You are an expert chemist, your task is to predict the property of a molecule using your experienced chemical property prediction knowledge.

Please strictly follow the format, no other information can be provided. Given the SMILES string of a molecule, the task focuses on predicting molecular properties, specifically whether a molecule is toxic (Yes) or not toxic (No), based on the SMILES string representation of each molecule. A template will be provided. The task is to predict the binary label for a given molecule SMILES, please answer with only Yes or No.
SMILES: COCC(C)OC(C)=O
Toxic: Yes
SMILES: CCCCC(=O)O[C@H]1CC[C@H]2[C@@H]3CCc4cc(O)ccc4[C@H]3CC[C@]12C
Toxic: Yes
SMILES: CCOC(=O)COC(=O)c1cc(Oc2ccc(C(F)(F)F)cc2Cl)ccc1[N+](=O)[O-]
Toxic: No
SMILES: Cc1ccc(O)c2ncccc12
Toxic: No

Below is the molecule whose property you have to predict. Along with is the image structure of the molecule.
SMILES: C=C1CC[C@H](O)C/C1=C/C=C1\CCC[C@@]2(C)[C@H]1CC[C@@H]2[C@H](C)CC[C@@H](O)C(C)(C)O
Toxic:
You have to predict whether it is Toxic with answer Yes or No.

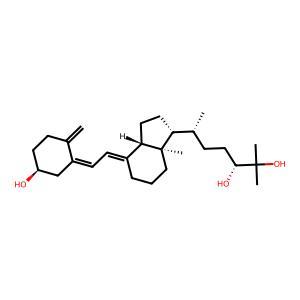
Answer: No